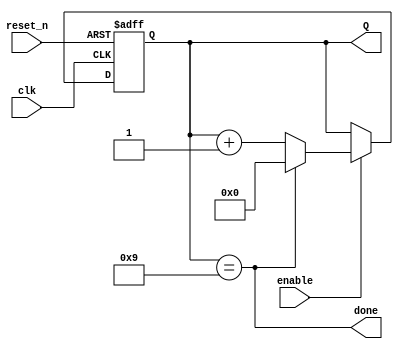
`timescale 1ns / 1ps

module BCD_counter_param
    #(parameter N = 9)(
    input clk,
    input reset_n,
    input enable,
    output done,
    output [3:0] Q
    );
    
    reg [3:0] Q_reg, Q_next;
    
    always @(posedge clk, negedge reset_n)
    begin
        if (~reset_n)
            Q_reg <= 'b0;
        else if(enable)
            Q_reg <= Q_next;
        else
            Q_reg <= Q_reg;
    end
    
    // Next state logic
    // Hard coded final value
    assign done = Q_reg == N;

    always @(*)
        Q_next = done? 'b0: Q_reg + 1;
    
    // Output logic
    assign Q = Q_reg;
endmodule